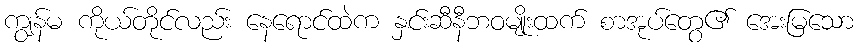
ကျွန်မ ကိုယ်တိုင်လည်း နေရောင်ထဲက နှင်းဆီနီဘဝမျိုးထက် စာအုပ်တွေ၏ အေးမြသော